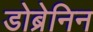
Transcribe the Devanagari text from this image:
डोब्रेनिन